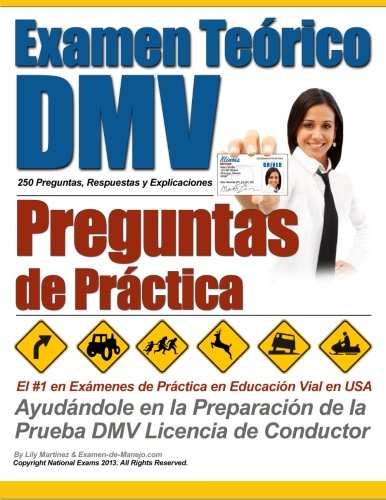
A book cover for Examen TeÃ³rico DMV - Preguntas de PrÃ¡ctica (Spanish Edition); Examen de Manejo; Test Preparation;